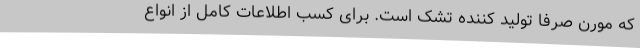
که مورن صرفا تولید کننده تشک است. برای کسب اطلاعات کامل از انواع